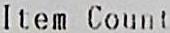
ITEM COUNT